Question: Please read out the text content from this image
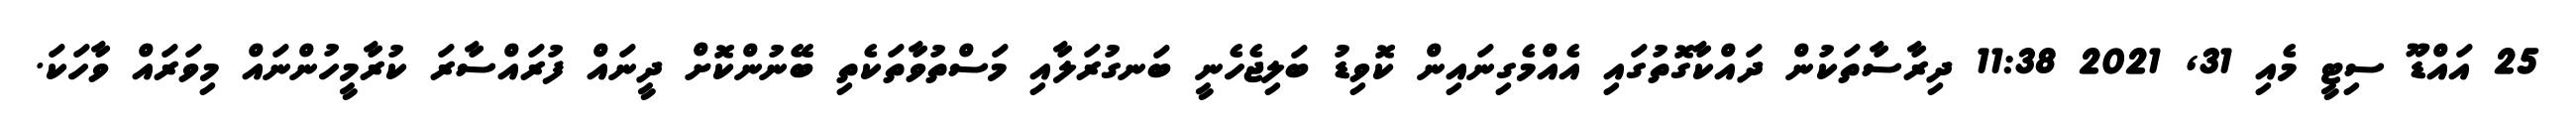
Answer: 25 އައްޑޫ ސިޓީ މެއި 31, 2021 11:38 ދިރާސާތަކުން ދައްކާގޮތުގައި އެއްމެގިނައިން ކޮވިޑު ބަލިޖެހެނީ ބަނގުރަލާއި މަސްތުވާތަކެތި ބޭނުންކޮށް ދީނައް ފުރައްސާރަ ކުރާމީހުންނައް މިވަރައް ވާހަކަ.